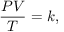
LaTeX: { \frac { P V } { T } } = k ,